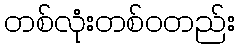
တစ်လုံးတစ်ဝတည်း